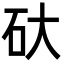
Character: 𮀋